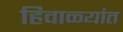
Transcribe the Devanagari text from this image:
हिवाळ्यांत